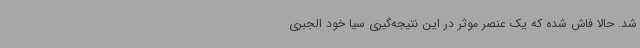
شد. حالا فاش شده که یک عنصر موثر در این نتیجه‌گیری سیا خود الجبری